Civil Veterinary Dept. Bombay admin report 1914-1922 - 1914-1922
Year: 1914
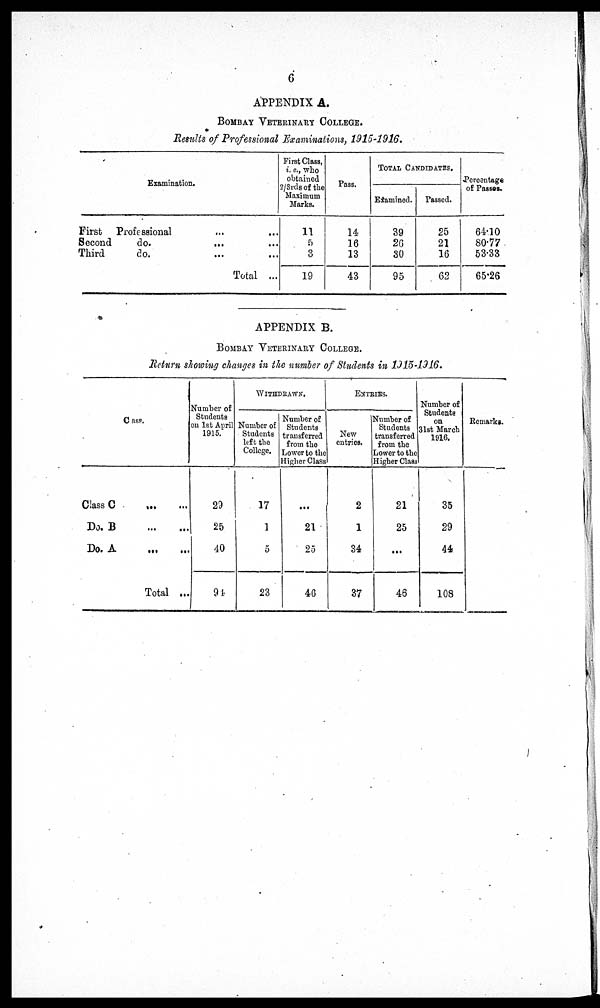
6
APPENDIX A.
BOMBAY VETERINARY COLLEGE.
Results of Professional Examinations, 1915-1916.
Examination.
First Professional ... ...
Second
do. ... ...
Third
do. ... ...
Total ...
First Class,
i. e., who
obtained
2/3rds of the
Maximum
Marks.
11
5
3
19
Pass.
14
16
13
43
TOTAL CANDIDATES.
Examined.
39
26
30
95
Passed.
25
21
16
62
Percentage
of Passes.
64.10
80.77
53.33
65.26
APPENDIX B.
BOMBAY VETERINARY COLLEGE.
Return showing changes in the number of Students in 1915-1916.
Class.
Class C
...
...
Do. B
...
...
Do. A
...
...
Total ...
Number of
Students
on 1st April
1915.
29
25
40
94
WITHDRAWN.
Number of
Students
left the
College.
17
1
5
23
Number of
Students
transferred
from the
Lower to the
Higher Class
...
21
25
46
EXTRIES.
New
entries.
2
1
34
37
Number of
Students
transferred
from the
Lower to the
Higher Class
21
25
...
46
Number of
Students
on
31st March
1916.
35
29
44
108
Remarks.